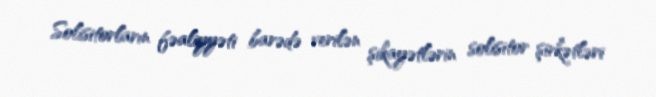
Solisitorların fəaliyyəti barədə verilən şikayətlərin solisitor şirkətləri